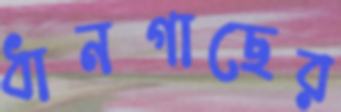
ধানগাছের